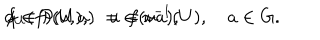
\phi _ { U } ( f ) ( u , a ) \: = \: f ( u a ) , \hspace { 1 c m } f \in { \cal P } ( U ) , \quad u \in \pi ^ { - 1 } ( U ) , \quad a \in G .